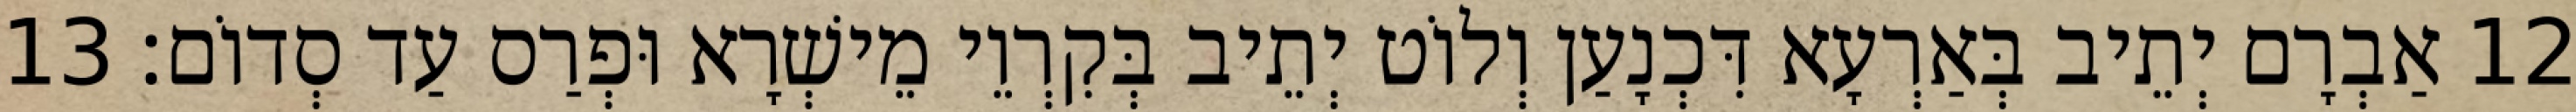
12 אַבְרָם יְתֵיב בְּאַרְעָא דִּכְנָעַן וְלוֹט יְתֵיב בְּקִרְוֵי מֵישְׁרָא וּפְרַס עַד סְדוֹם׃ 13